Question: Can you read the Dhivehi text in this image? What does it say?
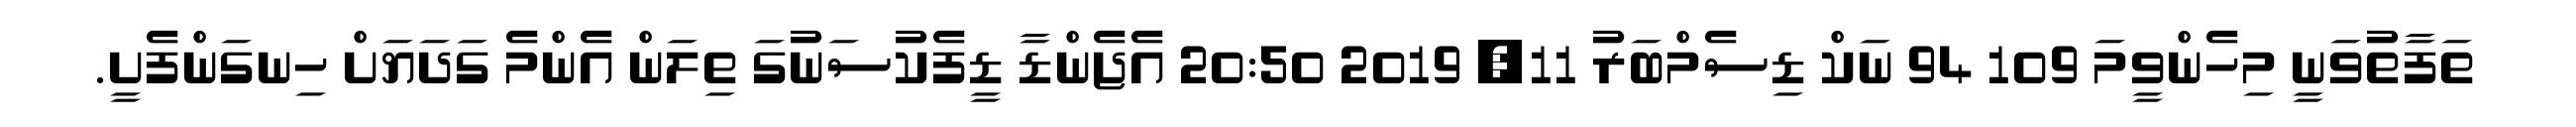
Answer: ތަފާތުވަނީ މިހެންވީމަ 109 94 ނަކް ޑިސެމްބަރު 11, 2019 20:50 އެޖެންޑާ ޑީފެކުސަނުގަ ތިލަން އެންމެ ގަދަޔަށް ހިނގަންފެށީ.